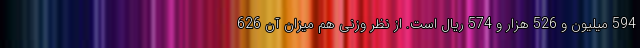
594 میلیون و 526 هزار و 574 ریال است. از نظر وزنی هم میزان آن 626